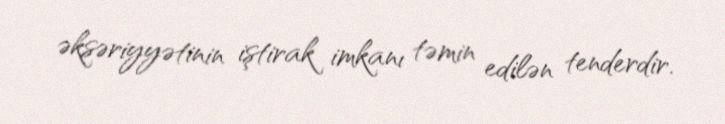
əksəriyyətinin iştirak imkanı təmin edilən tenderdir.